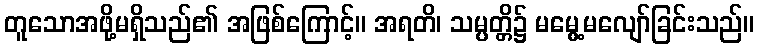
တူသောအဖို့မရှိသည်၏ အဖြစ်ကြောင့်။ အရတိ၊ သမ္ပတ္တိ၌ မမွေ့မလျော်ခြင်းသည်။